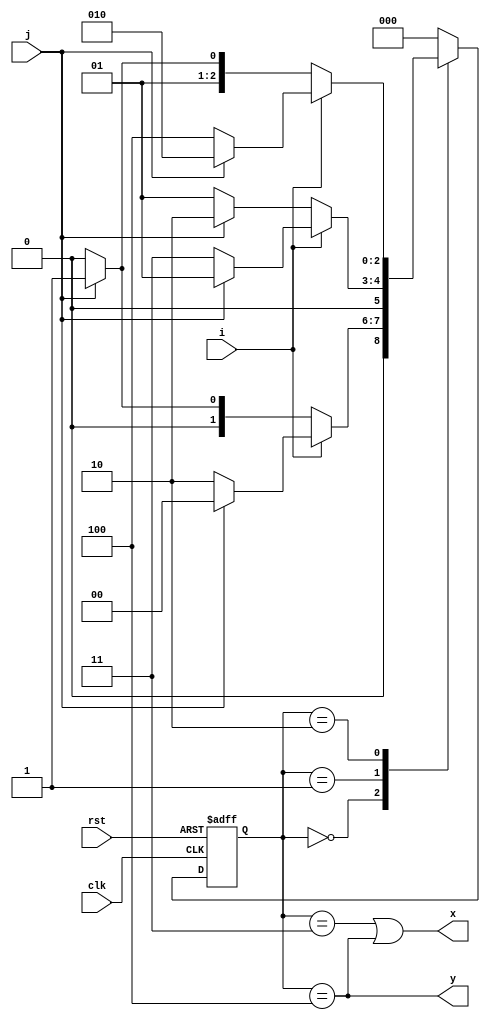
module vending(input clk,rst,i,j, output x,y);
parameter idle = 3'b000, st1 = 3'b001, st2 = 3'b010, st3 = 3'b011, st4 = 3'b100;
reg[2:0]next_state,state;
always@(*)begin
    case(state)
    idle : next_state = i ? ( j ? idle : st2):( j ? st1 : idle) ;
    st1  : next_state = i ? ( j ? st1 : st3):( j ? st2 : st1) ;
    st2  : next_state = i ? ( j ? st2 : st4):( j ? st3 : st2) ;
    st3  : next_state = idle;
    st4  : next_state = idle;
    default: next_state = idle;
    endcase
end
always@(posedge clk or posedge rst)begin
    if(rst) state<=idle;
    else state<=next_state;
end
assign x = (state==st3)||(state==st4);
assign y = (state==st4);
endmodule